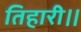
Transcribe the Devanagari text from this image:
तिहारी।।